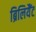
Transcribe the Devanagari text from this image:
ब्रिलियैंट